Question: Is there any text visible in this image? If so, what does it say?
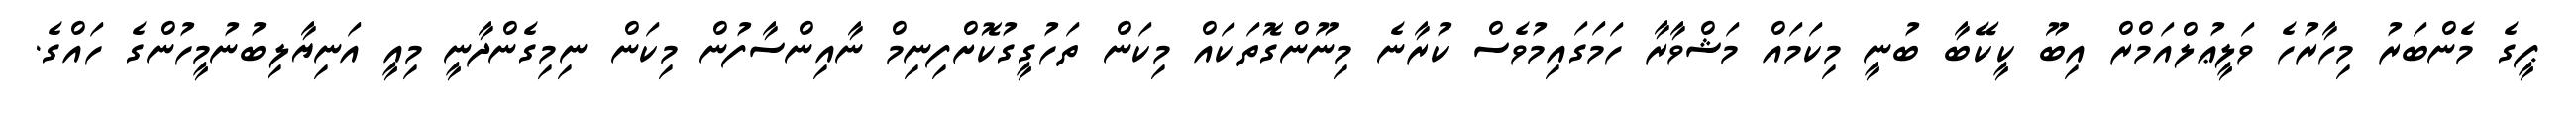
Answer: ޕީގެ މެންބަރު މިހާރުހެ ވަލީޢުލްއަމްރް އިބޫ ކީކޭބާ ބުނީ މިކަމައް މަޝްވާރާ ހަމަގައިމުވެސް ކުރާނެ މިނޫންގޮތަކައް މިކަން ތަހުގީގުކޮށްފިނިމް ނާއިންސާފުން މިކަން ނިމިގެންދާނީ މިއީ އަނިޔާލިބުނުމީހުންގެ ހައްގެ.